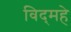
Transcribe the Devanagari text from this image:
विद्‌महे